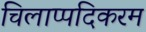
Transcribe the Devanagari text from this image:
चिलाप्पदिकरम